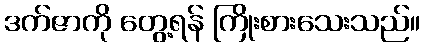
ဒက်ဇာကို တွေ့ရန် ကြိုးစားသေးသည်။